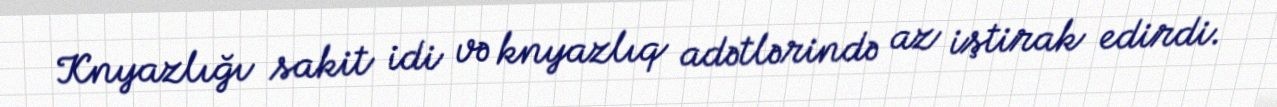
Knyazlığı sakit idi və knyazlıq adətlərində az iştirak edirdi.